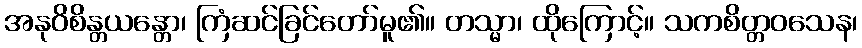
အနုဝိစိန္တယန္တော၊ ကြံဆင်ခြင်တော်မူ၏။ တသ္မာ၊ ထိုကြောင့်။ သကစိတ္တဝသေန၊